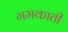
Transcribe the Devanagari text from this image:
गमकाती